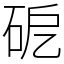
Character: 砨